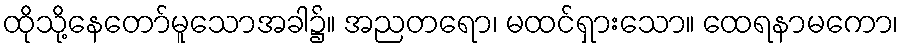
ထိုသို့နေတော်မူသောအခါ၌။ အညတရော၊ မထင်ရှားသော။ ထေရနာမကော၊